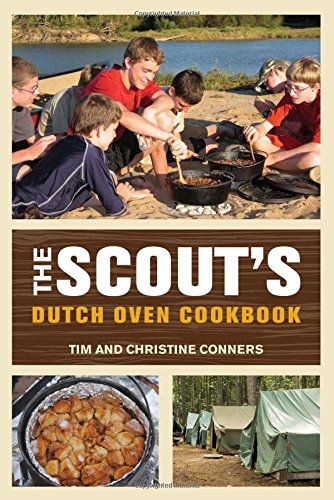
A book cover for Scout's Dutch Oven Cookbook; Christine Conners; Sports & Outdoors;